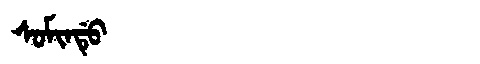
Manchu: ᠰᠣᠮᡳᠨᡩᡠ
Romanization: SOMINDU